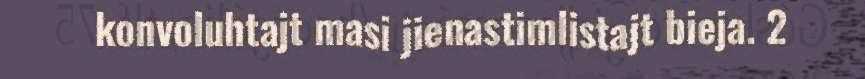
konvoluhtajt masi jienastimlistajt bieja. 2